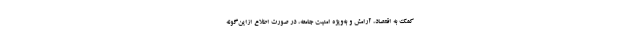
کمک به اقتصاد، آرامش و به‌ویژه امنیت جامعه، در صورت اطلاع ازاین‌گونه